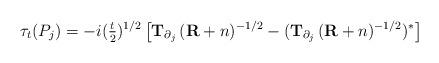
LaTeX: \begin{align*} \tau_t(P_j) = -i (\tfrac t2)^{1/2} \,\big[\mathbf{T}_{\partial_j}\,(\mathbf{R}+n)^{-1/2} - (\mathbf{T}_{\partial_j}\,(\mathbf{R}+n)^{-1/2} )^*\big] \end{align*}